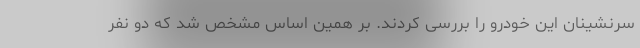
سرنشینان این خودرو را بررسی کردند. بر همین اساس مشخص شد که دو نفر